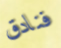
فنادق